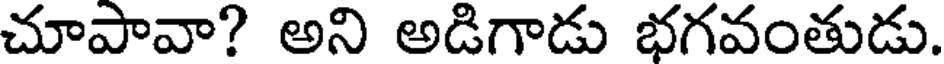
చూపావా? అని అడిగాడు భగవంతుడు.